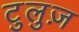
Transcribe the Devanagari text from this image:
टुलुज़